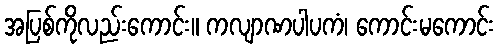
အပြစ်ကိုလည်းကောင်း။ ကလျာဏပါပကံ၊ ကောင်းမကောင်း